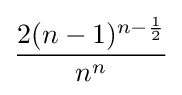
{\frac {2(n-1)^{n-{\frac {1}{2}}}}{{n}^{n}}}